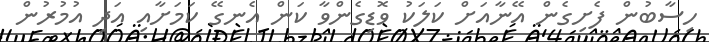
ހިސާބުން ފެށިގެން އޭނާއަށް ކަލަކު ވޮޑިގެންވާ ކަން އެނގޭ ކަމަށާއި އަދި އުމުރުން